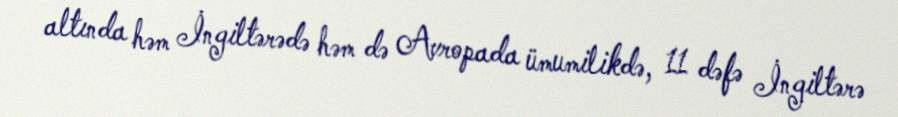
altında həm İngiltərədə həm də Avropada ümumilikdə, 11 dəfə İngiltərə